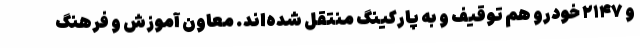
و ۲۱۴۷ خودرو هم توقیف و به پارکینگ منتقل شده‌اند. معاون آموزش و فرهنگ